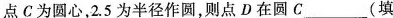
点C为圆心，2.5为半径作圆，则点D在圆C___(填